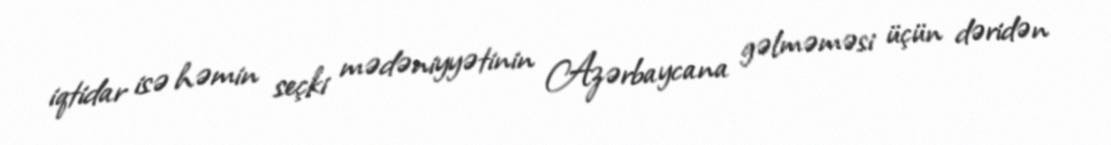
iqtidar isə həmin seçki mədəniyyətinin Azərbaycana gəlməməsi üçün dəridən